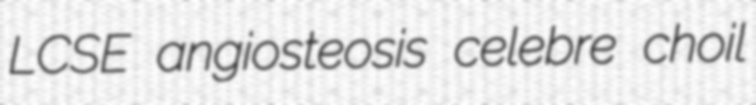
LCSE angiosteosis celebre choil